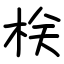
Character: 栚